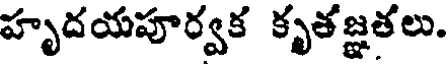
హృదయపూర్వక కృతజ్ఞతలు.